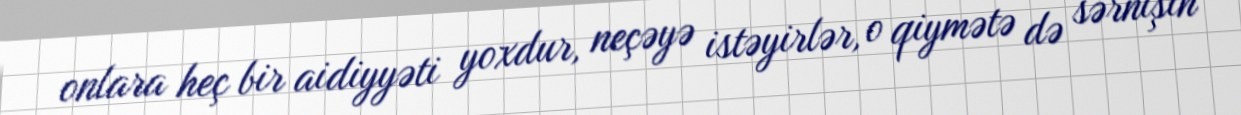
onlara heç bir aidiyyəti yoxdur, neçəyə istəyirlər, o qiymətə də sərnişin